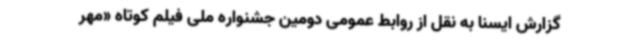
گزارش ایسنا به نقل از روابط عمومی دومین جشنواره ملی فیلم کوتاه «مهر